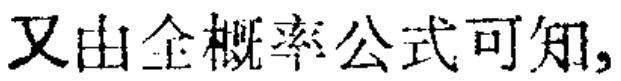
又由全概率公式可知,